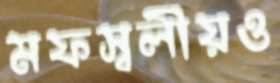
মফস্বলীয়ও